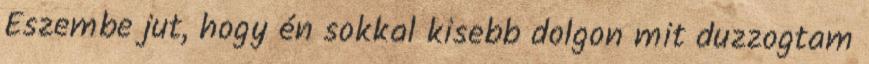
Eszembe jut, hogy én sokkal kisebb dolgon mit duzzogtam